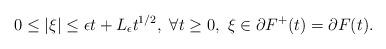
LaTeX: \begin{align*}0\leq |\xi|\leq \epsilon t+L_\epsilon t^{1/2},\ \forall t\geq 0,\ \xi\in \partial F^+(t)=\partial F(t).\end{align*}